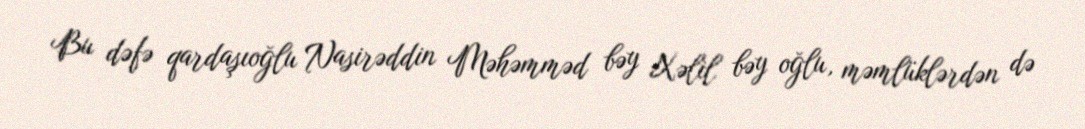
Bu dəfə qardaşıoğlu Nasirəddin Məhəmməd bəy Xəlil bəy oğlu, məmlüklərdən də